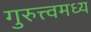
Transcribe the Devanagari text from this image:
गुरुत्त्वमध्य